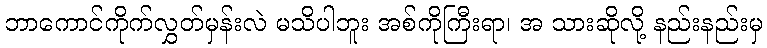
ဘာကောင်ကိုက်လွှတ်မှန်းလဲ မသိပါဘူး အစ်ကိုကြီးရာ၊ အ သားဆိုလို့ နည်းနည်းမှ